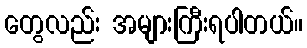
တွေလည်း အများကြီးရပါတယ်။